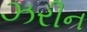
ઝરીન